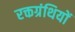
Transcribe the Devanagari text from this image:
रक्तग्रंथियों